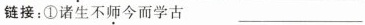
链接：①诸生不师今而学古 ___